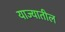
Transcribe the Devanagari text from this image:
याज्यातील